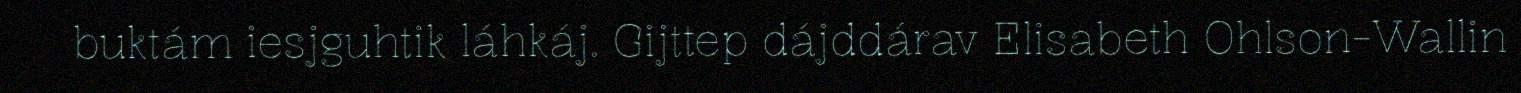
buktám iesjguhtik láhkáj. Gijttep dájddárav Elisabeth Ohlson-Wallin